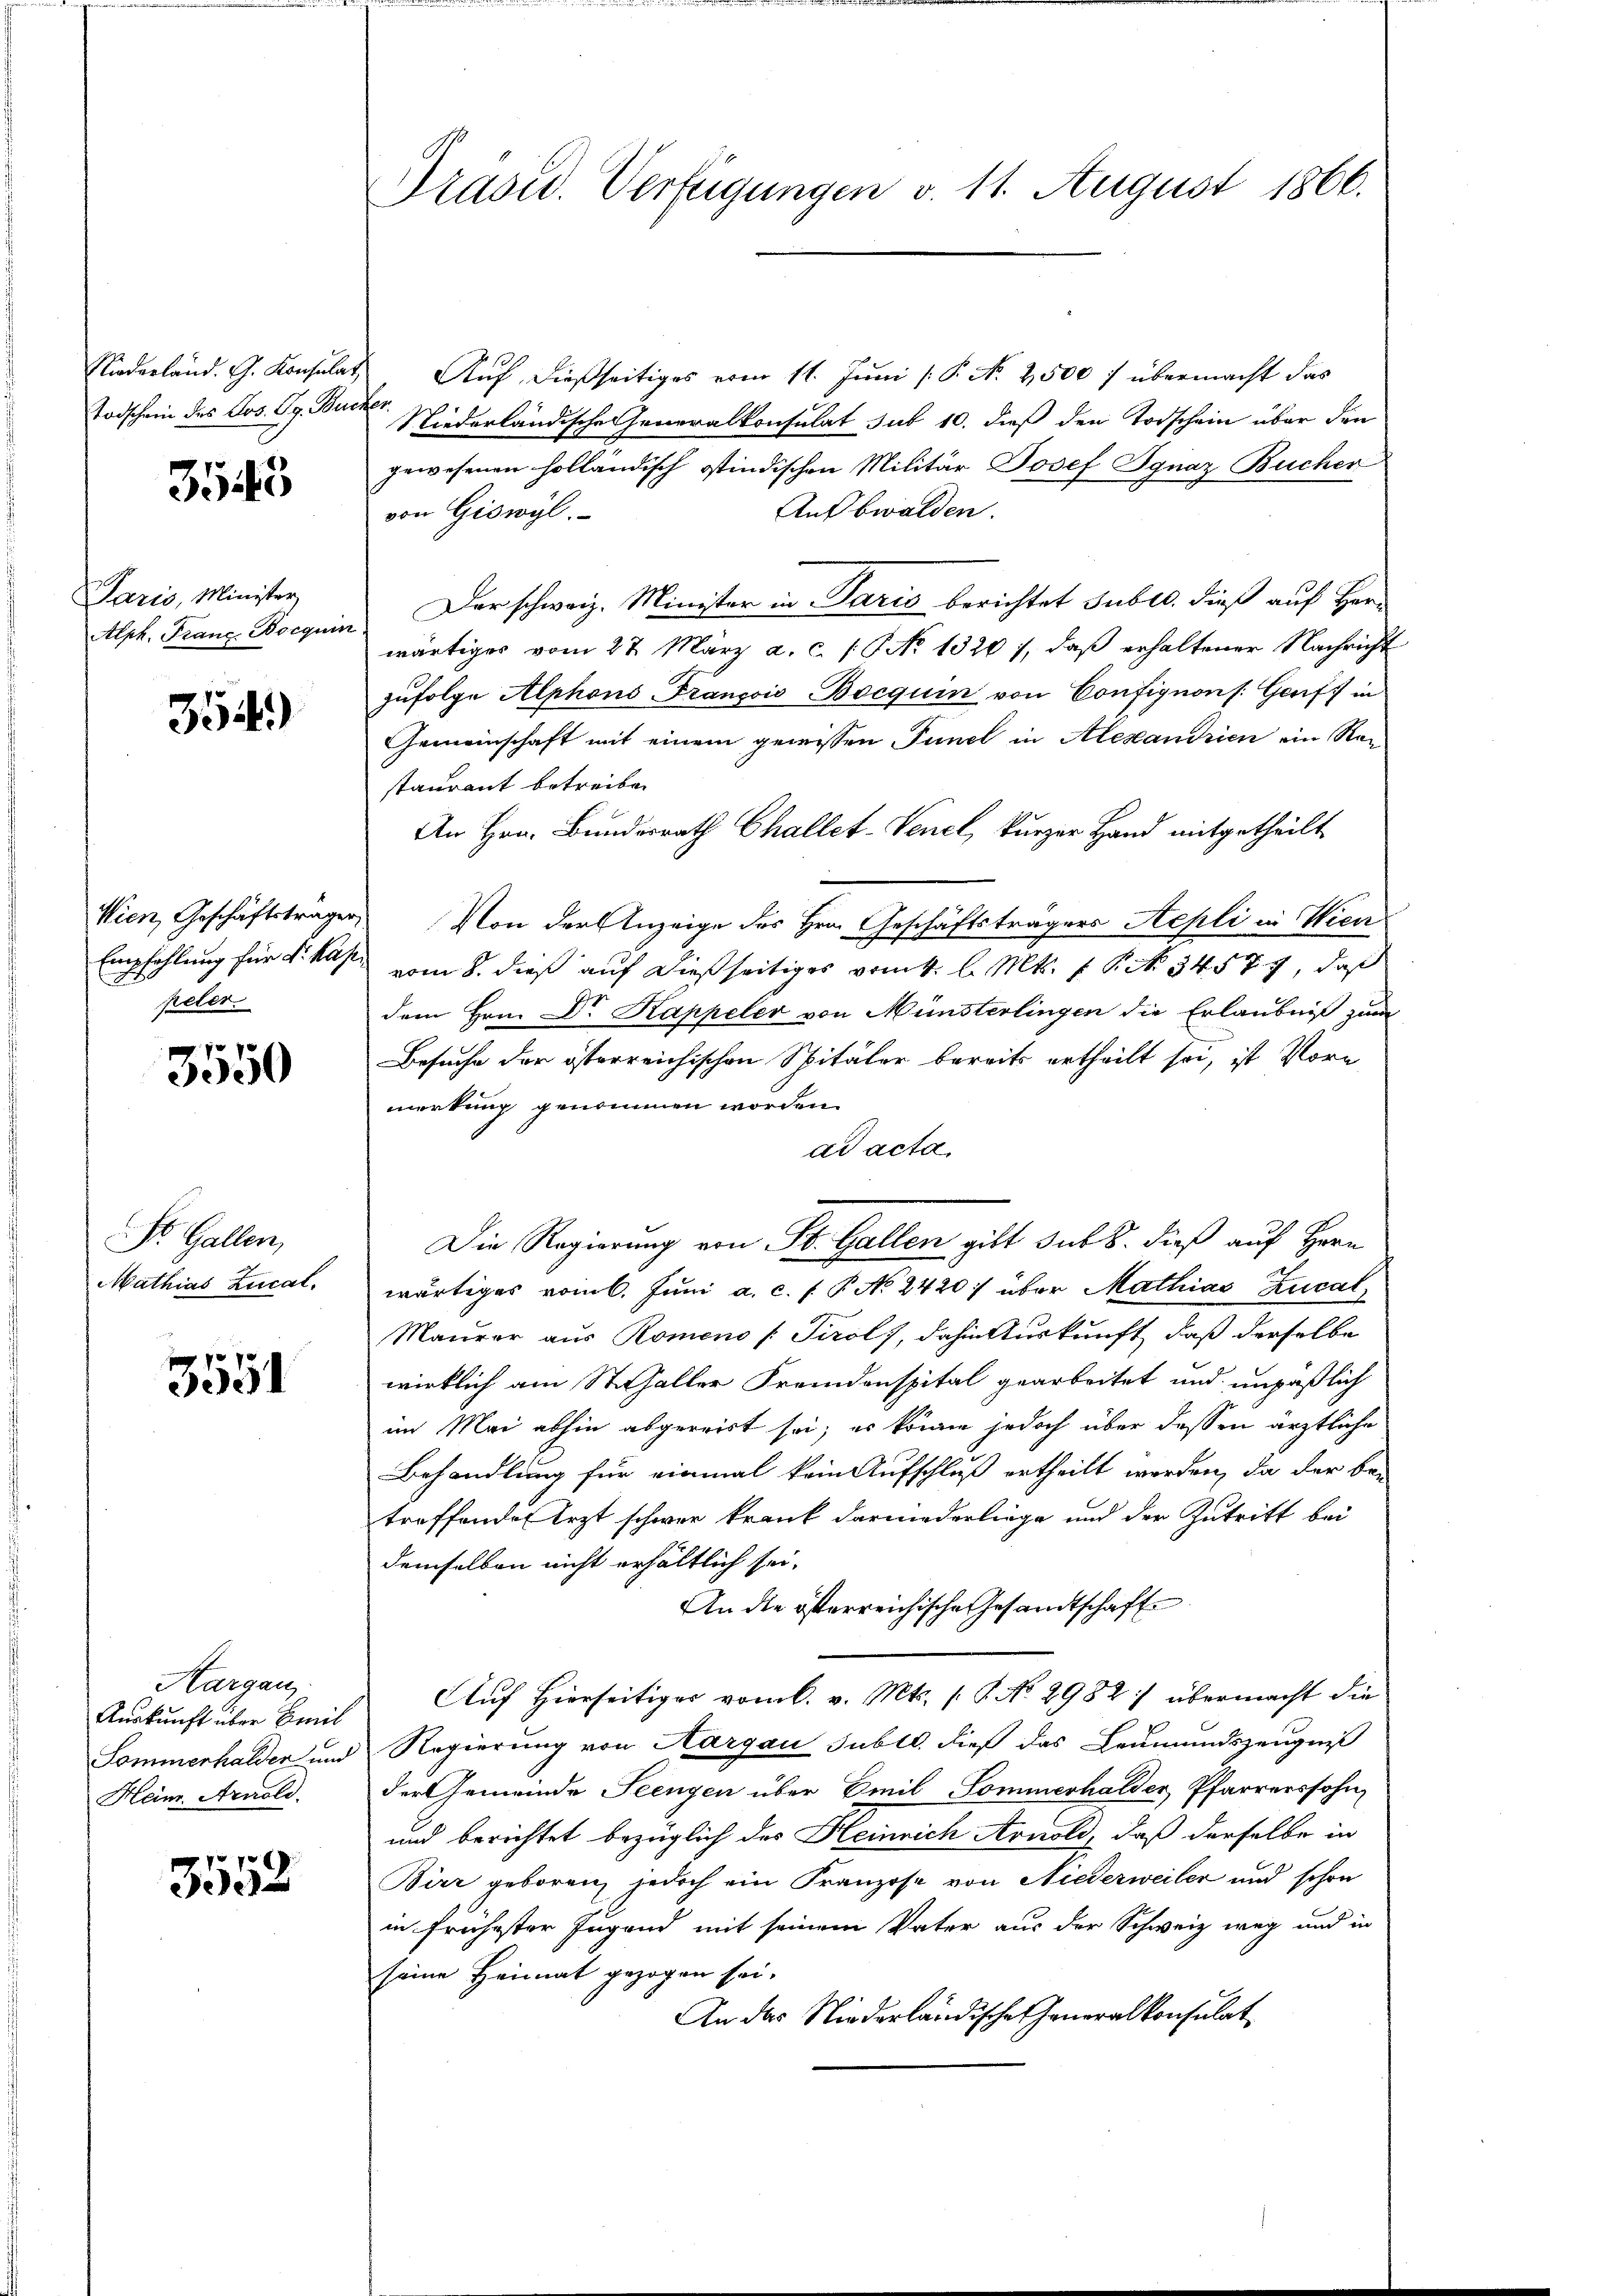
Niederland. G. Konsulat
Todschein des Jos. Pr. Buc

3545

Paris, Minister
Alph. Franz Bocquis

354)

Wien, Geschäftsträger
Empfehlung für Sr. Kap
peler

3550

St. Gallen,
Mathias Zucal.

3551

Hargau,
Auskunft über Breit
Sommerhalder und
Heim. Arnold.

3552

Präsid. Verfügungen v. 11. August 1866.

Auf dießseitiges vom 11. Juni [ P. N. 2500 f übermacht das
B
Niederländische Generalkonsulat sub 10. dieß den Todschein über den
gewesenen holländisch stindischen Militär Josef Ignaz Bucher
Aufbwalden.
von Giswyl
Der schweiz. Minister in Paris berichtet Suble. dieß auf Herwärtiges vom 27. März a. c. /: No 1320), daβ erhaltener Nachricht
zufolge Alphons François-Bocquin von Confignons: Graft in
Gemeinschaft mit einem gewissen Punct in Alexandrien ein Ran
staurant betreiben
An Hrn. Bunderrath Challet-Venel, kurzer Hand mitgetheilt
Von der Anzeige des Hrn. Geschäftsträgers Sepli in Wien
vom 8. dieß auf dießseitiges vom 4. l. Mts. f. P. Nr. 3457, daß
dem Hrn. Dr Kappeler von Münsterlingen die Erlaubniß zum
Besuche der österreichischen Spitäler bereits ertheilt soi, ist Vorn
merkung genommen worden.
ad acta,
Die Regierung von St. Gallen gibt sub 8. dieß auf Herr
wärtiges vom 6. Juni a. c. f. P. No 2420 f über Mathias Zucal
Maurer aus Romeno /: Tirol dahin Auskunft, daß derselbe
wirklich am Stefaller Fremdenspital gearbeitet und unpaßlich
im Mai abhin abgereist sei; es könne jedoch über dessen ärztliche
Behandlung für einmal kein Aufschluß ertheilt werden, da der be-
troffendes Arzt schwer krank darniederliege und der Zutritt bei
demselben nicht erhältlich sei.
An die österreichische Gesandtschafte
Auf Hierseitiges vom 6. v. Mts. 1. No 2982 übermacht die
Regierung von Aargau subll. dieß das Leumundszeugniß
der Gemeinde Seengen über Emil Sommerhalder Pfarrerssohn,
und berichtet bezüglich des Heinrich Arnold, daß derselbe in
Bier geboren, jedoch ein Franzose von Niederweiler und schon
in frühester Jugend mit seinem Vater aus der Schweiz weg und in
seine Heimat gezogen sei.
An das Niederländische Generalkonsulat